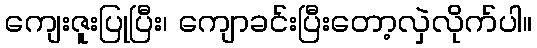
ကျေးဇူးပြုပြီး၊ ကျောခင်းပြီးတော့လှဲလိုက်ပါ။